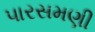
પારસમણી